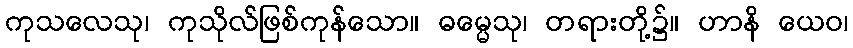
ကုသလေသု၊ ကုသိုလ်ဖြစ်ကုန်သော။ ဓမ္မေသု၊ တရားတို့၌။ ဟာနိ ယေဝ၊